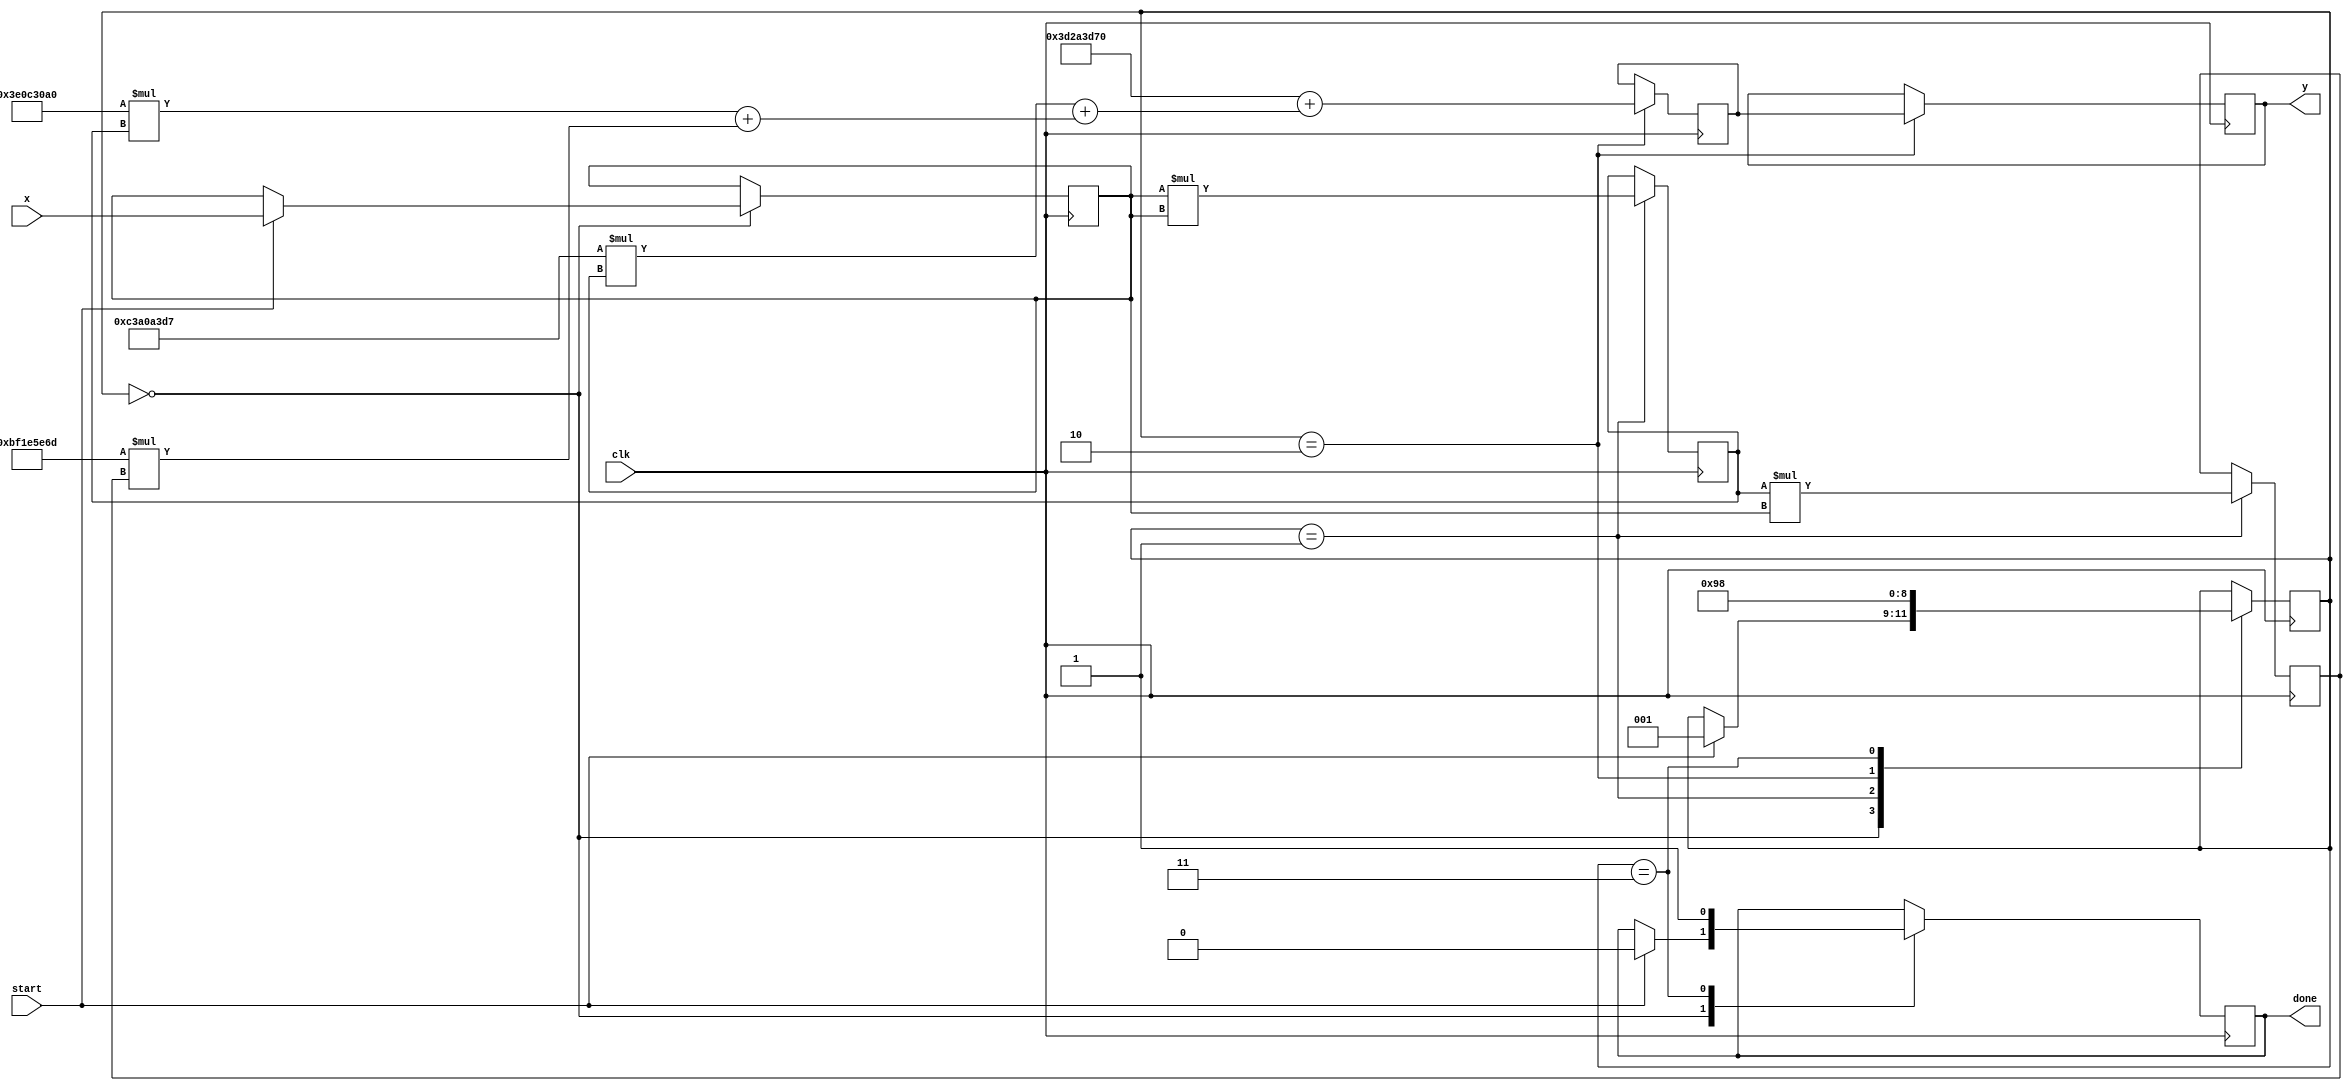
module polynomial_reciprocal (
    input wire [31:0] x,        // Input value (fixed-point or floating-point)
    input wire clk,             // Clock signal
    input wire start,           // Start signal for calculation
    output reg [31:0] y,        // Output value (reciprocal)
    output reg done             // Done signal to indicate completion
);
    // Polynomial coefficients (example coefficients for approximation)
    parameter signed [31:0] a0 = 32'h3D2A3D70; // Coefficient for X^0
    parameter signed [31:0] a1 = 32'hC3A0A3D7; // Coefficient for X^1
    parameter signed [31:0] a2 = 32'h3E0C30A0; // Coefficient for X^2
    parameter signed [31:0] a3 = 32'hBF1E5E6D; // Coefficient for X^3

    reg [31:0] x_normalized;     // Normalized input
    reg [31:0] x_squared;        // X squared
    reg [31:0] x_cubed;          // X cubed
    reg [31:0] x_quartic;        // X quartic
    reg [2:0] state;             // FSM state
    reg [31:0] result;           // Intermediate result

    localparam IDLE = 3'b000;
    localparam NORMALIZE = 3'b001;
    localparam EVALUATE = 3'b010;
    localparam DONE = 3'b011;

    always @(posedge clk) begin
        case (state)
            IDLE: begin
                if (start) begin
                    // Assuming input x is in range [1, 2)
                    x_normalized <= x; // No normalization in this example
                    state <= NORMALIZE;
                    done <= 0;
                end
            end
            NORMALIZE: begin
                // Prepare for polynomial evaluation
                x_squared <= x_normalized * x_normalized;
                x_cubed <= x_squared * x_normalized;
                x_quartic <= x_cubed * x_normalized;
                state <= EVALUATE;
            end
            EVALUATE: begin
                // Evaluate polynomial using Horner's method
                result <= a0 + (a1 * x_normalized + (a2 * x_squared + (a3 * x_cubed)));
                y <= result; // Assign result to output
                state <= DONE;
            end
            DONE: begin
                done <= 1; // Indicate completion
                state <= IDLE; // Reset state
            end
        endcase
    end
endmodule